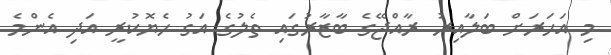
މި އަހަރަށް ބަލާއިރު ރާއްޖޭގެ ބާޒާރުގައި ތެލުގެ އަގު ހެޔޮކުރީ އަދި އެންމެ